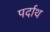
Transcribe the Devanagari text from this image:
पर्दाथ